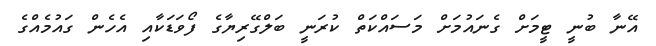
އޭނާ ބުނީ ޓީމަށް ގެނައުމަށް މަސައްކަތް ކުރަނީ ބަލްގޭރިޔާގެ ފޯވަޑަކާއި އެހެން ގައުމެއްގެ